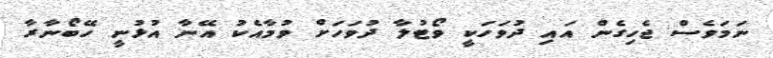
ނަމަވެސް ޖެހިގެން އައި ދުވަހަކީ ވޯޓުލާ ދުވަހަށް ވުމާއެކު އޭނާ އުޅުނީ ހޭބޯނާރާ